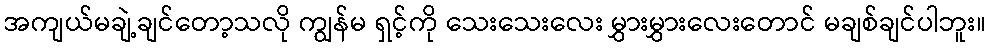
အကျယ်မချဲ့ချင်တော့သလို ကျွန်မ ရှင့်ကို သေးသေးလေး မွှားမွှားလေးတောင် မချစ်ချင်ပါဘူး။